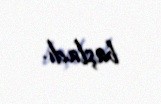
başladı.